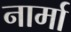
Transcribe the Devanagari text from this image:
नार्मा